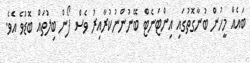
ބައެއް މީހުން ބުނާގޮތުގައި އިންޓަނެޓް ބޭނުންނުކުރާއިރު ވެސް ފޯން ބިލުތައް ބޮޑުވެ އެވެ.